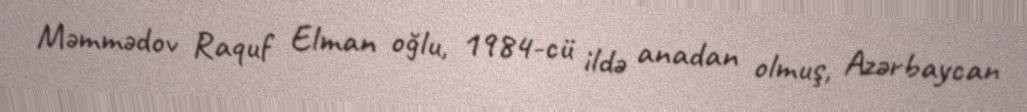
Məmmədov Raquf Elman oğlu, 1984-cü ildə anadan olmuş, Azərbaycan